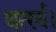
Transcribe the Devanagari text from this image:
वर्त्स्य।